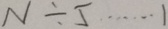
N \div 5 \cdots 1